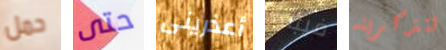
حمل حتى أعذرينى فيبدو تتذكرينه